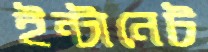
ইন্টানেট